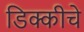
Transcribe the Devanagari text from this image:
डिक्कीचे